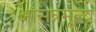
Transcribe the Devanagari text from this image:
आसन्नमूल्य